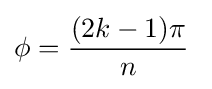
\phi ={\frac {(2k-1)\pi }{n}}\